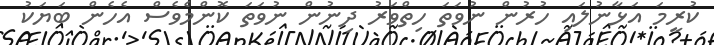
ކުރީމަ އަޅާނުލައި ހުރުން ނުވަތަ ހިތްވަރު ދިނުން ނުވަތަ ކޮންމެވެސް އެހެން ބަޔަކު